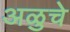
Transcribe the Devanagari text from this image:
अळुचे